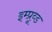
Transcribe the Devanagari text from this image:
इम्प्रूव्ड